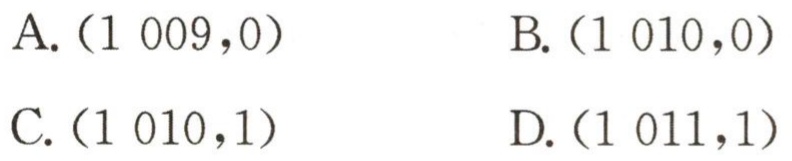
A. \((1\ 009,0)\)  B. \((1\ 010,0)\)

C. \((1\ 010,1)\)  D. \((1\ 011,1)\)